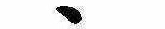
ゝ